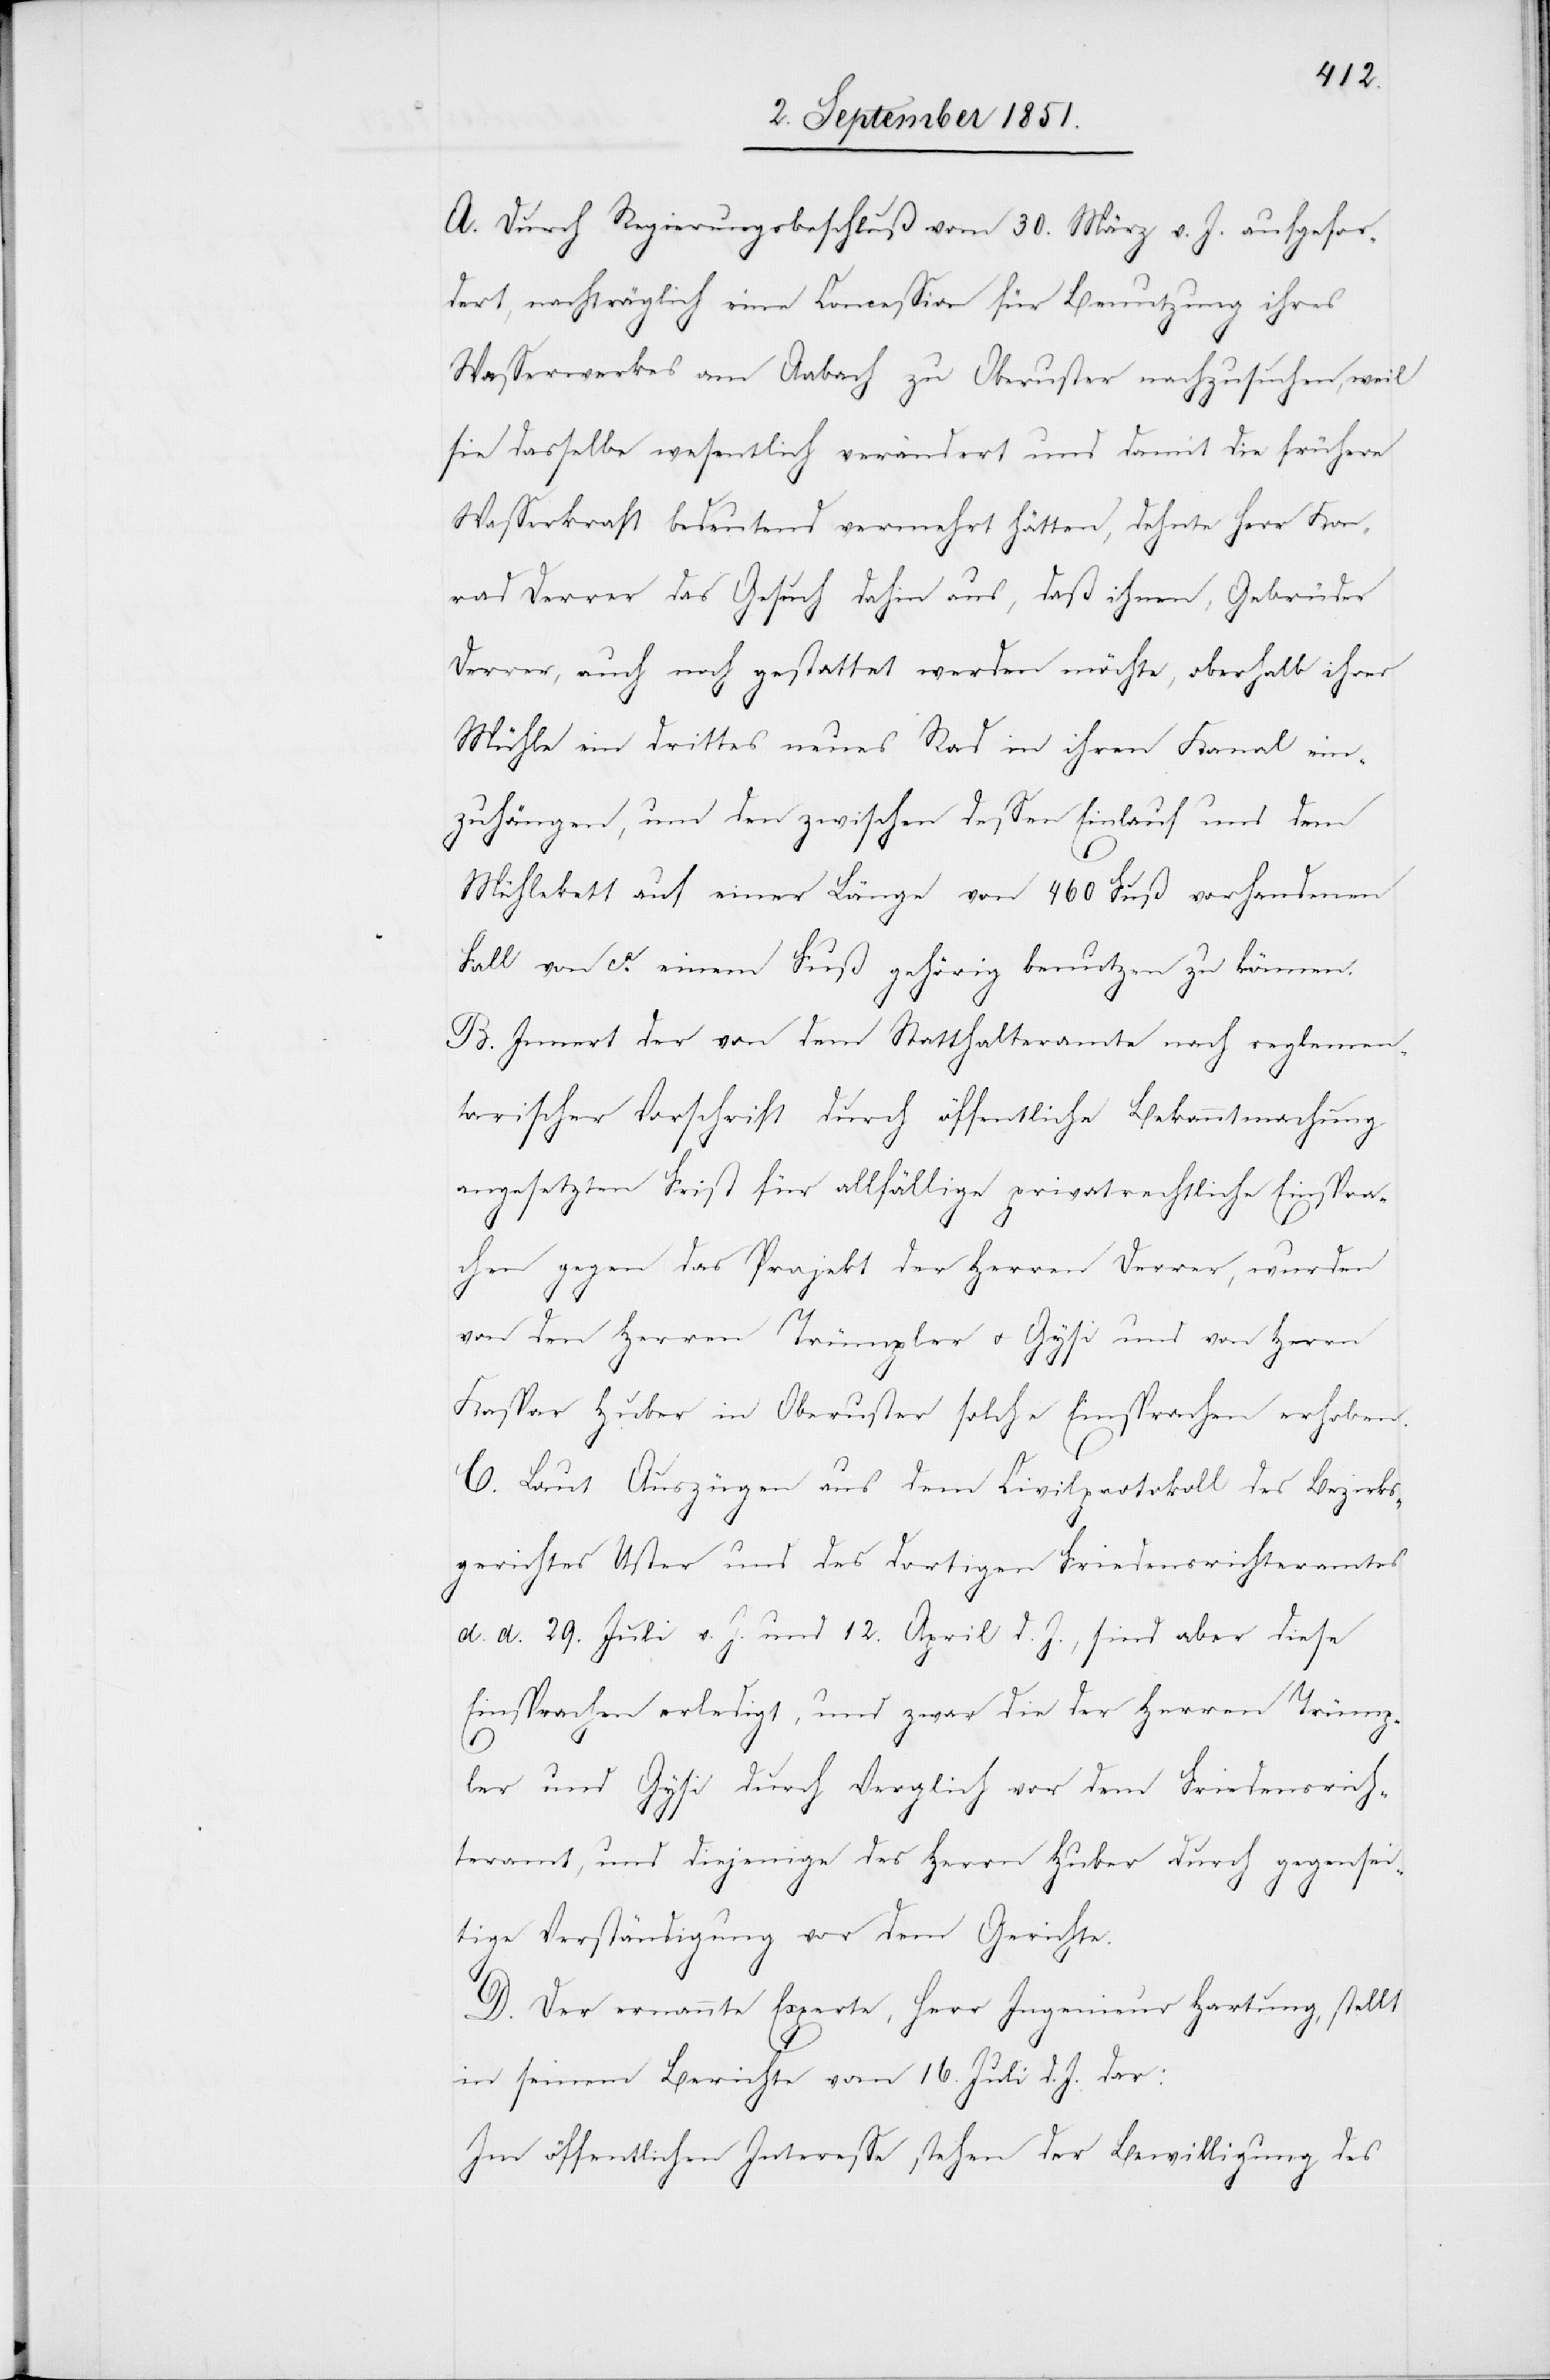
A. Durch Regierungsbeschluß vom 30. März v. J. aufgefor¬
dert, nachträglich eine Concession für Benutzung ihres
Wasserwerkes am Aabach zu Oberuster nachzusuchen, weil
sie dasselbe wesentlich verändert und damit die frühere
Wasserkraft bedeutend vermehrt hätten, dehnte Herr Kon¬
rad Derrer das Gesuch dahin aus, daß ihnen, Gebrüder
Derrer, auch noch gestattet werden möchte, oberhalb ihrer
Mühle ein drittes neues Rad in ihren Kanal ein¬
zuhängen, um den zwischen dessen Einlauf und dem
Mühlekett auf einer Länge von 460 Fuß vorhandenen
Fall von ca. einem Fuß gehörig benutzen zu können.
B. Innert der von dem Statthalteramte nach reglemen¬
tarischer Vorschrift durch öffentliche Bekanntmachung
angesetzten Frist für allfällige privatrechtliche Einspra¬
chen gegen das Projekt der Herren Derrer, wurden
von den Herren Trümpler u. Gysi und von Herrn
Kaspar Huber in Oberuster solche Einsprachen erhoben.
C. Laut Auszügen aus dem Civilprotokoll des Bezirks¬
gerichtes Uster und des dortigen Friedensrichteramtes
d. d. 29. Juli v. J. und 12. April d. J., sind aber diese
Einsprachen erledigt, und zwar die der Herren Trümp¬
ler und Gysi durch Vergl[e]ich vor dem Friedensrich¬
teramt, und diejenige des Herrn Huber durch gegensei¬
tige Verständigung vor dem Gerichte.
D. Der ernannte Experte, Herr Ingenieur Hartung, stellt
in seinem Berichte vom 16. Juli d. J. dar:
Im öffentlichen Interesse stehen der Bewilligung des